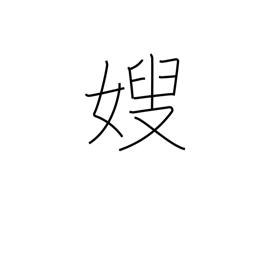
Meaning: elder brother's wife